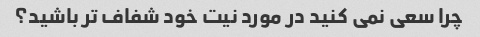
چرا سعی نمی کنید در مورد نیت خود شفاف تر باشید؟